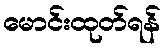
မောင်းထုတ်ရန်